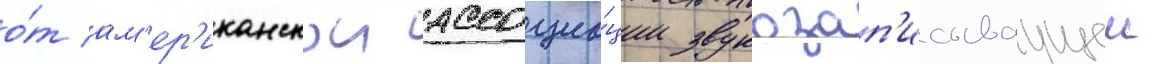
о́т ам'ер'иканскои ассоциа́ции звукозап'исываущеи